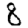
Digit: 8